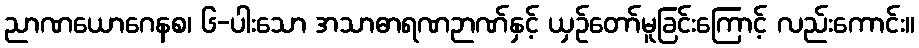
ညာဏယောဂေနစ၊ ၆-ပါးသော အသာဓာရဏဉာဏ်နှင့် ယှဉ်တော်မူခြင်းကြောင့် လည်းကောင်း။